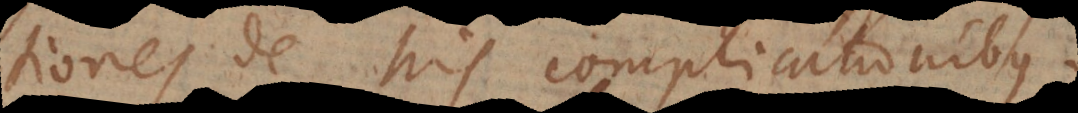
tiones de his complicationibus.